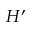
H ^ { \prime }